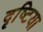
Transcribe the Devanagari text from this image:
दृष्टिया